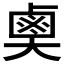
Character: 𪉗